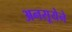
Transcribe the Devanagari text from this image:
अनसूयेने